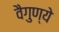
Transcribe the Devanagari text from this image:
वैगुण्ये